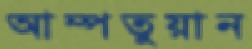
আম্পতুয়ান